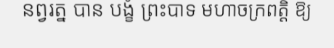
នព្វរត្ន បាន បង្ខំ ព្រះបាទ មហាចក្រពត្តិ ឱ្យ